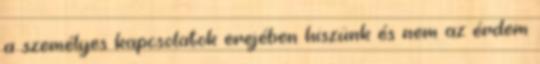
a személyes kapcsolatok erejében hiszünk és nem az érdem